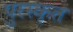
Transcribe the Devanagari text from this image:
पुरस्‍कृत